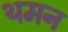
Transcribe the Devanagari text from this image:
थमन